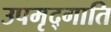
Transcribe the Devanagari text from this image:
उपमृद्गाति